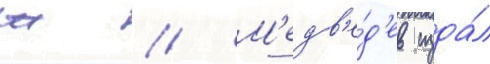
ж // М'едв'е́д'ев изда́л